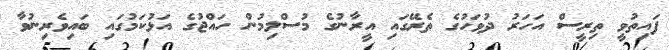
ފައިތުވީ ތިރީސް އަހަރު ދުވަހުގެ ތެރޭގައި އީރާނުގެ މުސްލިމުން ހައްޖުގެ އަޅުކަމުގައި ބައިވެރިނުވާ